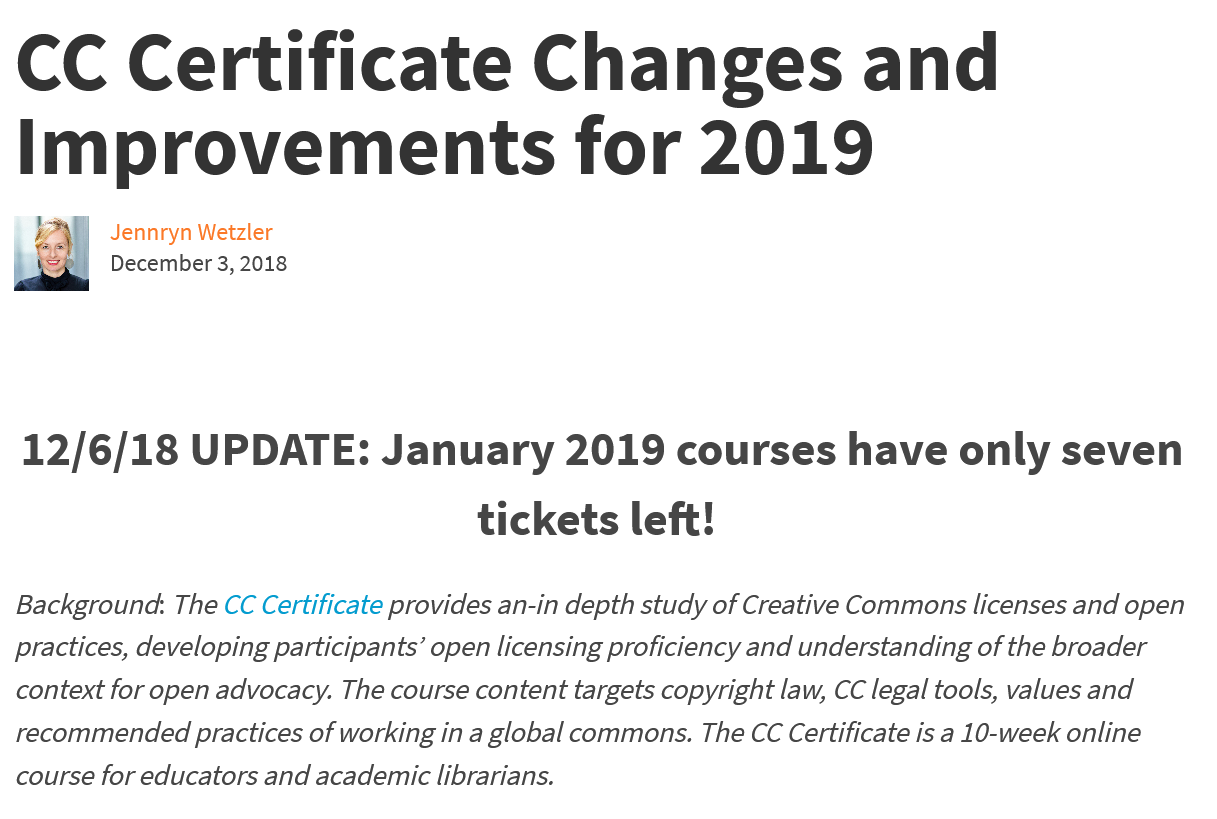
CC    Certificate    Changes    and
  Improvements    for    2019
     Jennryn Wetzler
     December 3, 2018
  12/6/18    UPDATE:    January    2019    courses    have    only   seven
     tickets    left!
  Background: The CC Certificate provides an-in depth study of Creative Commons licenses and open
  practices, developing participants’ open licensing proficiency and understanding of the broader
  context for open advocacy. The course content targets copyright law, CC legal tools, values and
  recommended practices of working in a global commons. The CC Certificate is a 10-week online
  course for educators and academic librarians.